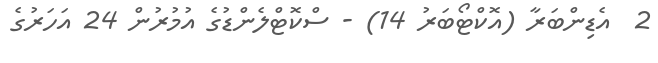
2  އެޑިންބަރާ (އޮކްޓޯބަރު 14) - ސްކޮޓްލެންޑުގެ އުމުރުން 24 އަހަރުގެ